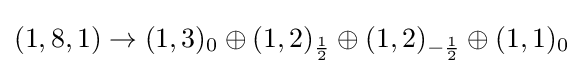
(1,8,1)\rightarrow (1,3)_{0}\oplus (1,2)_{\frac {1}{2}}\oplus (1,2)_{-{\frac {1}{2}}}\oplus (1,1)_{0}